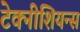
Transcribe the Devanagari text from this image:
टेक्नीशियन्स